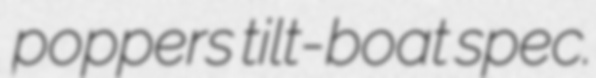
poppers tilt-boat spec.